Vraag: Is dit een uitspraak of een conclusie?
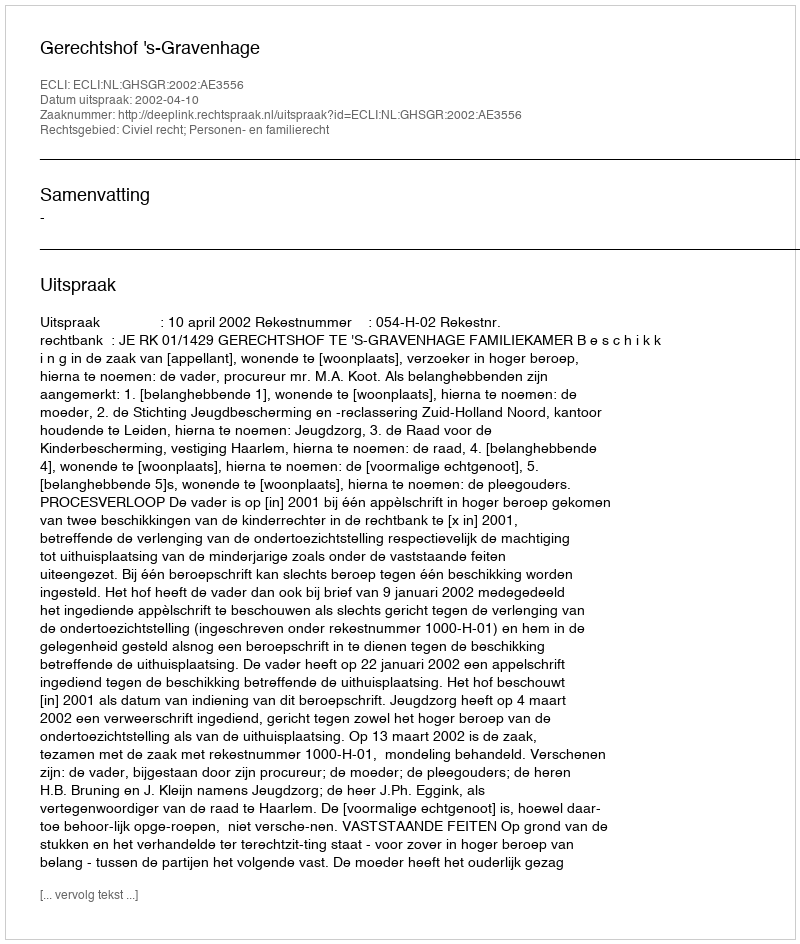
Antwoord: Uitspraak